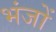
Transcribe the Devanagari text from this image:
भंजों